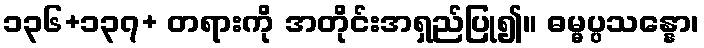
၁၃၆+၁၃၇+ တရားကို အတိုင်းအရှည်ပြု၍။ ဓမ္မပ္ပသန္နော၊